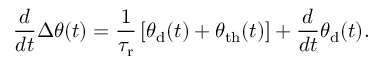
\frac { d } { d t } \Delta \theta ( t ) = \frac { 1 } { \tau _ { \mathrm { r } } } \left[ \theta _ { \mathrm { d } } ( t ) + \theta _ { \mathrm { t h } } ( t ) \right] + \frac { d } { d t } \theta _ { \mathrm { d } } ( t ) .